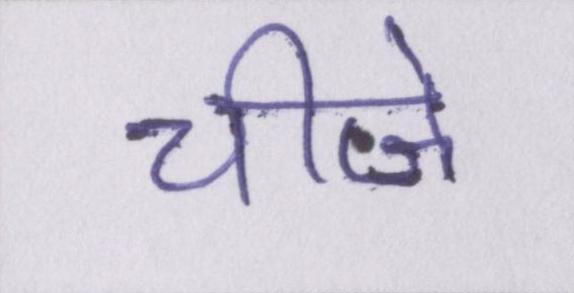
चीजे